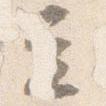
立